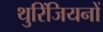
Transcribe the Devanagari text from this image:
थुरिंजियनों